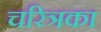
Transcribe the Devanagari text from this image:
चरित्रका